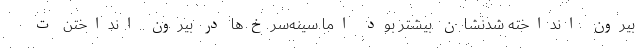
بیرون انداخته شدنشان بیشتر بود اما سینه‌سرخ‌ها در بیرون انداختن ت